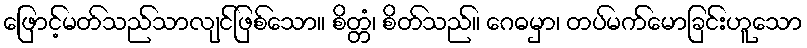
ဖြောင့်မတ်သည်သာလျင်ဖြစ်သော။ စိတ္တံ၊ စိတ်သည်။ ဂေဓမှာ၊ တပ်မက်မောခြင်းဟူသော